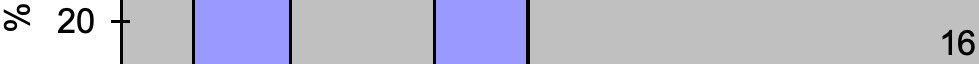
% 20 16